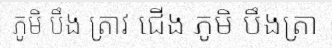
ភូមិ បឹង ត្រាវ ជើង ភូមិ បឹងត្រា